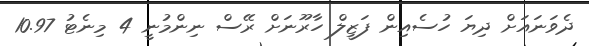
ދެވަނައަށް ދިޔަ ހުސެއިން ފަޒީލް ހާރޫނަށް ރޭސް ނިންމުނީ 4 މިނެޓު 10.97